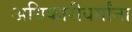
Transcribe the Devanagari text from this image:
अधिकारीवर्गांना